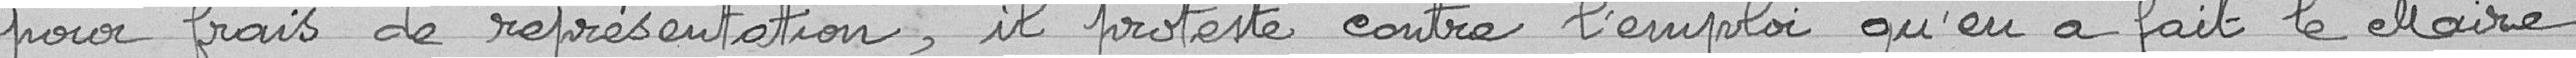
pour frais de représentation, il proteste contre l'emploi qu'en a fait le Maire